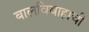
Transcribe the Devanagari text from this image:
बालविवाहाची